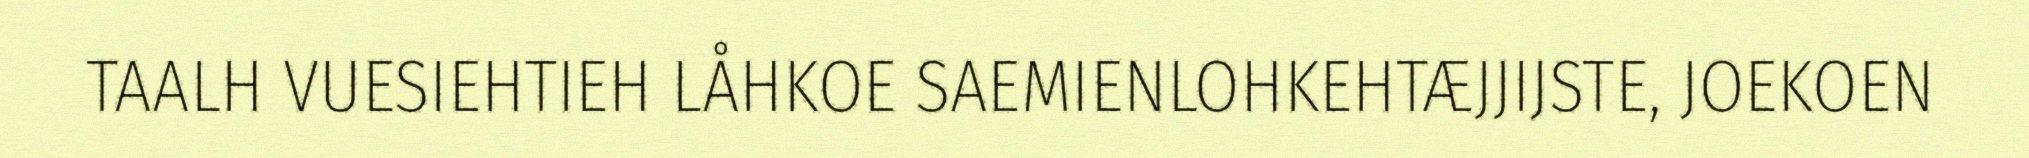
TAALH VUESIEHTIEH LÅHKOE SAEMIENLOHKEHTÆJJIJSTE, JOEKOEN